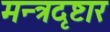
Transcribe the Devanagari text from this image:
मन्त्रदृष्टार